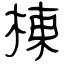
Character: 棟